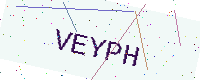
Text: VEYPH